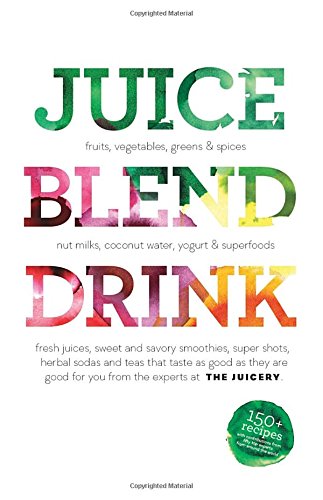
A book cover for Juice. Blend. Taste.: 150+ Recipes By Experts From Around the World; Cindy Palusamy; Cookbooks, Food & Wine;